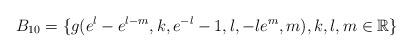
LaTeX: \begin{align*} B_{10}=\{g(e^{l}-e^{l-m},k,e^{-l}-1,l,-le^{m},m), k,l,m \in \mathbb R\} \end{align*}